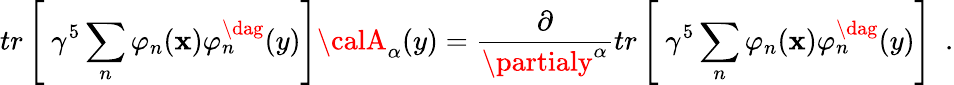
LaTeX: tr\left[\ \gamma^{5}\sum_{n}\varphi_{n}(\mathbf{x})\varphi_{n}^{\dag}(y)\right]{\calA}_{\alpha}(y)=\frac{{\partial}}{{\partialy^{\alpha}}}tr\left[\ \gamma^{5}\sum_{n}\varphi_{n}(\mathbf{x})\varphi_{n}^{\dag}(y)\right]\ \ .